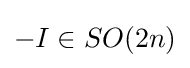
-I\in SO(2n)